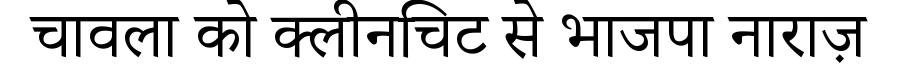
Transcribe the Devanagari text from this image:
चावला को क्लीनचिट से भाजपा नाराज़